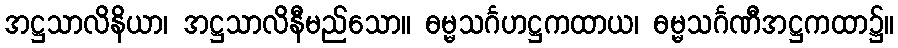
အဋ္ဌသာလိနိယာ၊ အဋ္ဌသာလိနီမည်သော။ ဓမ္မသင်္ဂဟဋ္ဌကထာယ၊ ဓမ္မသင်္ဂဏီအဋ္ဌကထာ၌။